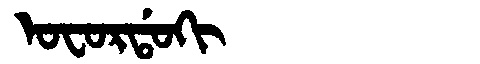
Manchu: ᠣᠸᠣᡵᡩᠣᡴᡳ
Romanization: OFORDOKI